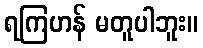
ရကြဟန် မတူပါဘူး။